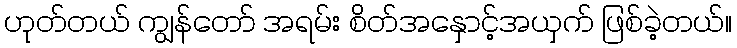
ဟုတ်တယ် ကျွန်တော် အရမ်း စိတ်အနှောင့်အယှက် ဖြစ်ခဲ့တယ်။